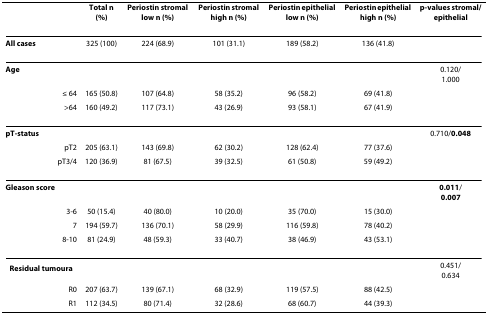
<table><thead><tr><td></td><td><b>Total n (%)</b></td><td><b>Periostin stromal low n (%)</b></td><td><b>Periostin stromal high n (%)</b></td><td><b>Periostin epithelial low n (%)</b></td><td><b>Periostin epithelial high n (%)</b></td><td><b>p-values stromal/epithelial</b></td></tr></thead><tbody><tr><td><b>All cases</b></td><td>325 (100)</td><td>224 (68.9)</td><td>101 (31.1)</td><td>189 (58.2)</td><td>136 (41.8)</td><td></td></tr><tr><td><b>Age</b></td><td></td><td></td><td></td><td></td><td></td><td>0.120/1.000</td></tr><tr><td>≤ 64</td><td>165 (50.8)</td><td>107 (64.8)</td><td>58 (35.2)</td><td>96 (58.2)</td><td>69 (41.8)</td><td></td></tr><tr><td>&gt;64</td><td>160 (49.2)</td><td>117 (73.1)</td><td>43 (26.9)</td><td>93 (58.1)</td><td>67 (41.9)</td><td></td></tr><tr><td><b>pT-status</b></td><td></td><td></td><td></td><td></td><td></td><td>0.710/<b>0.048</b></td></tr><tr><td>pT2</td><td>205 (63.1)</td><td>143 (69.8)</td><td>62 (30.2)</td><td>128 (62.4)</td><td>77 (37.6)</td><td></td></tr><tr><td>pT3/4</td><td>120 (36.9)</td><td>81 (67.5)</td><td>39 (32.5)</td><td>61 (50.8)</td><td>59 (49.2)</td><td></td></tr><tr><td><b>Gleason score</b></td><td></td><td></td><td></td><td></td><td></td><td><b>0.011</b>/<b>0.007</b></td></tr><tr><td>3-6</td><td>50 (15.4)</td><td>40 (80.0)</td><td>10 (20.0)</td><td>35 (70.0)</td><td>15 (30.0)</td><td></td></tr><tr><td>7</td><td>194 (59.7)</td><td>136 (70.1)</td><td>58 (29.9)</td><td>116 (59.8)</td><td>78 (40.2)</td><td></td></tr><tr><td>8-10</td><td>81 (24.9)</td><td>48 (59.3)</td><td>33 (40.7)</td><td>38 (46.9)</td><td>43 (53.1)</td><td></td></tr><tr><td><b>Residual tumour<sup>a</sup></b></td><td></td><td></td><td></td><td></td><td></td><td>0.451/0.634</td></tr><tr><td>R0</td><td>207 (63.7)</td><td>139 (67.1)</td><td>68 (32.9)</td><td>119 (57.5)</td><td>88 (42.5)</td><td></td></tr><tr><td>R1</td><td>112 (34.5)</td><td>80 (71.4)</td><td>32 (28.6)</td><td>68 (60.7)</td><td>44 (39.3)</td><td></td></tr></tbody></table>